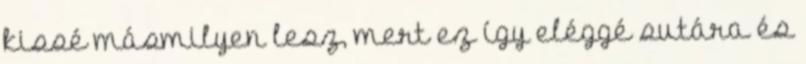
kissé másmilyen lesz, mert ez így eléggé sutára és